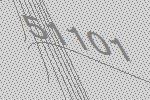
51101